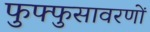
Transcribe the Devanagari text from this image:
फुफ्फुसावरणों